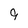
Character: 9